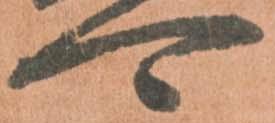
可